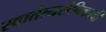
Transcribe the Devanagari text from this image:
स्वातंत्र्यसैनिकाची